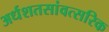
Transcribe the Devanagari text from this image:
अर्धशतसांवत्सरिक